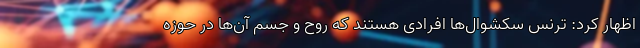
اظهار کرد: ترنس سکشوال‌ها افرادی هستند که روح و جسم آن‌ها در حوزه